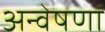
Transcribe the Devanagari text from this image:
अन्वेषणा